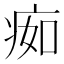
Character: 㾒